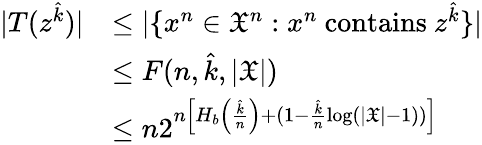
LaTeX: \begin{array}{rl}{|T(z^{\hat{k}})|}&{\le|\{ x^{n}\in\mathfrak{X}^{n}:x^{n}\mathrm{~contains~}z^{\hat{k}}\} |}\\ &{\le F(n,\hat{k},|\mathfrak{X}|)}\\ &{\le n2^{n\left[H_{b}\left(\frac{\hat{k}}{n}\right)+(1-\frac{\hat{k}}{n}\log(|\mathfrak{X}|-1))\right]}}\end{array}